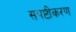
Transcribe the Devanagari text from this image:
सपष्टीकरण